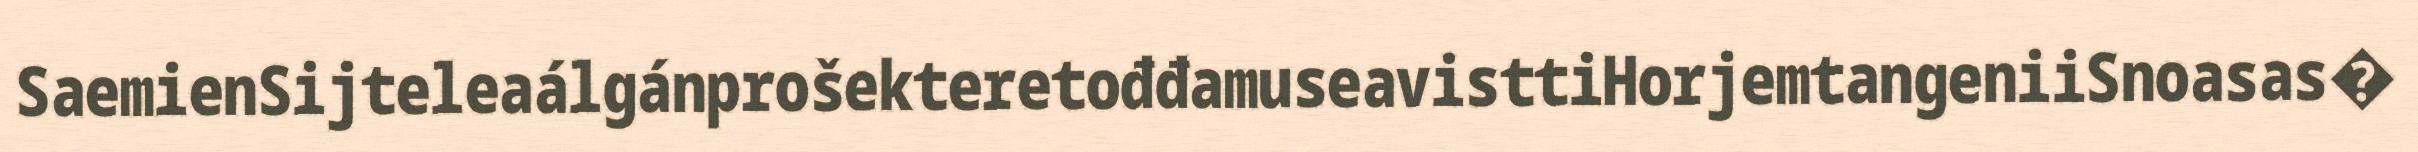
SaemienSijteleaálgánprošekteretođđamuseavisttiHorjemtangeniiSnoasas�